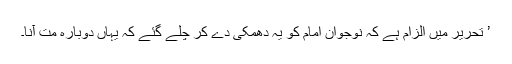
’ تحریر میں الزام ہے کہ نوجوان امام کو یہ دھمکی دے کر چلے گئے کہ یہاں دوبارہ مت آنا۔